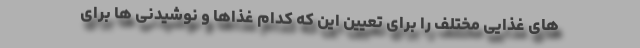
های غذایی مختلف را برای تعیین این که کدام غذاها و نوشیدنی ها برای